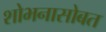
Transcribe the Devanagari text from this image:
शोभनासोबत